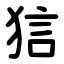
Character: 狺